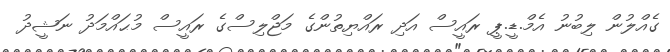
ގެއްލުން ލިބުނު އެމް.ޑީ.ޕީ ރައީސް އަދި ރައްޔިތުންގެ މަޖްލިސްގެ ރައީސް މުޙައްމަދު ނަޝީދު